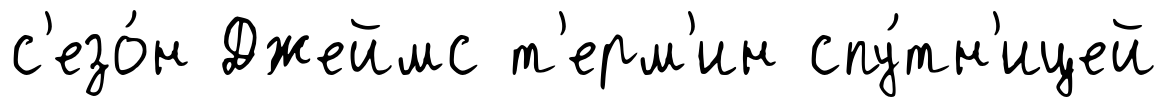
с'езо́н Джеймс т'ерм'ин спу́тн'ицей